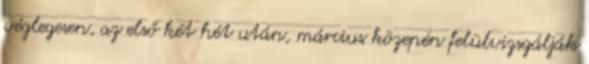
véglegesen, az első két hét után, március közepén felülvizsgálják